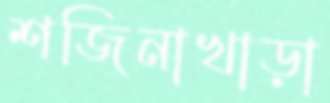
শজিনাখাড়া